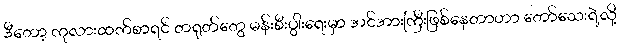
ဒီတော့ ကုလားထက်စာရင် တရုတ်တွေ မန်းစီးပွါးရေးမှာ အင်အားကြီးဖြစ်နေတာဟာ တော်သေးရဲ့လို့